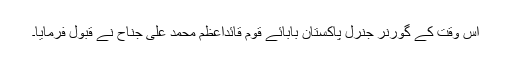
اس وقت کے گورنر جنرل پاکستان بابائے قوم قائداعظم محمد علی جناح نے قبول فرمایا۔